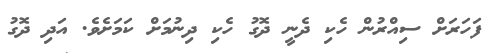
ފަހަރަށް ސިއްރުން ހެކި ދެނީ ދޮގު ހެކި ދިނުމަށް ކަމަށެވެ. އަދި ދޮގު